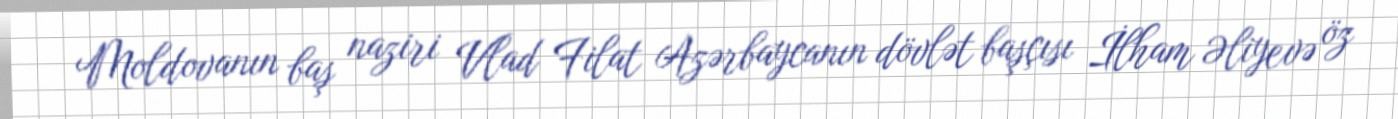
Moldovanın baş naziri Vlad Filat Azərbaycanın dövlət başçısı İlham Əliyevə öz